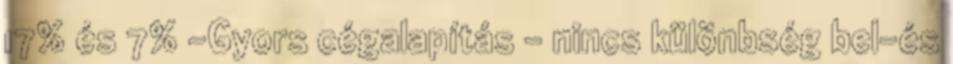
17% és 7% -Gyors cégalapítás – nincs különbség bel-és